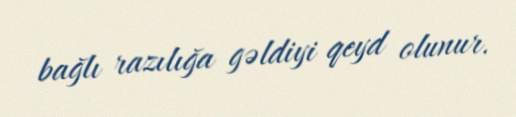
bağlı razılığa gəldiyi qeyd olunur.